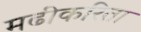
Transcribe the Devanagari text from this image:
मढीकरिता